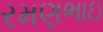
રમણભાઇ